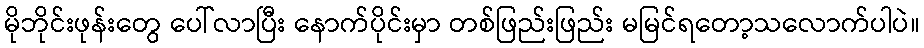
မိုဘိုင်းဖုန်းတွေ ပေါ်လာပြီး နောက်ပိုင်းမှာ တစ်ဖြည်းဖြည်း မမြင်ရတော့သလောက်ပါပဲ။